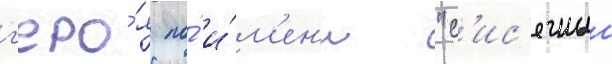
г'еро́я по́ и́м'ен'и "с'ис'ечныи